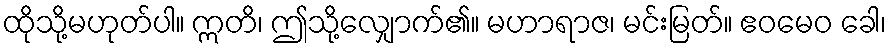
ထိုသို့မဟုတ်ပါ။ ဣတိ၊ ဤသို့လျှောက်၏။ မဟာရာဇ၊ မင်းမြတ်။ ဧဝမေဝ ခေါ၊